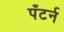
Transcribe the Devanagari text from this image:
पँटर्न